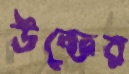
উল্ফের